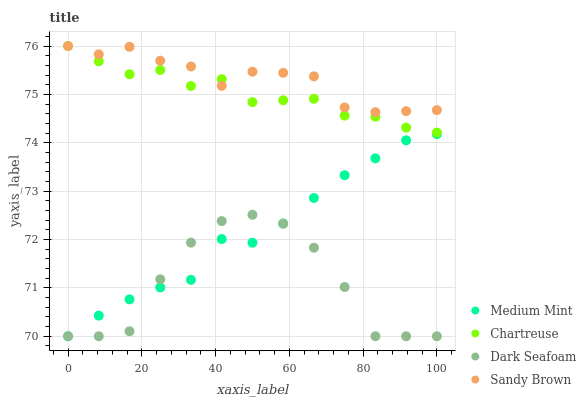
| xaxis_label | Medium Mint | Chartreuse | Dark Seafoam | Sandy Brown |
 | --- | --- | --- | --- | --- |
 | 0 | 70 | 76 | 70 | 76 |
 | 8.33 | 70.4 | 75.7 | 70 | 75.8 |
 | 16.7 | 70.8 | 75.4 | 70.1 | 76 |
 | 25 | 71 | 75.5 | 71.2 | 75.7 |
 | 33.3 | 71.2 | 75.2 | 71.9 | 75.6 |
 | 41.7 | 72 | 75.3 | 72.4 | 75.2 |
 | 50 | 71.9 | 74.8 | 72.5 | 75.5 |
 | 58.3 | 72.3 | 74.9 | 72.3 | 75.4 |
 | 66.7 | 72.9 | 74.9 | 71.8 | 75.4 |
 | 75 | 73.3 | 74.6 | 71 | 74.7 |
 | 83.3 | 73.7 | 74.5 | 70 | 74.6 |
 | 91.7 | 74.1 | 74.3 | 70 | 74.7 |
 | 100 | 74.2 | 74.2 | 70 | 74.7 |